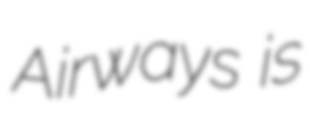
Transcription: Airways is